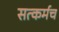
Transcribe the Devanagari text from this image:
सत्कर्मच